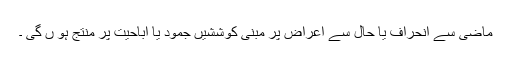
ماضی سے انحراف یا حال سے اعراض پر مبنی کوششیں جمود یا اباحیت پر منتج ہو ں گی ۔